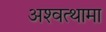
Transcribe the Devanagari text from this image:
अश्‍वत्थामा